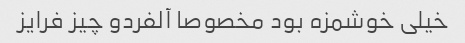
خیلی خوشمزه بود مخصوصا آلفردو چیز فرایز